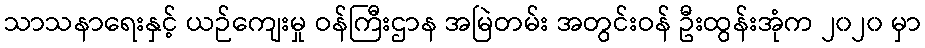
သာသနာရေးနှင့် ယဉ်ကျေးမှု ဝန်ကြီးဌာန အမြဲတမ်း အတွင်းဝန် ဦးထွန်းအုံက ၂၀၂၀ မှာ